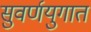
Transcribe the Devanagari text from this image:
सुवर्णयुगात